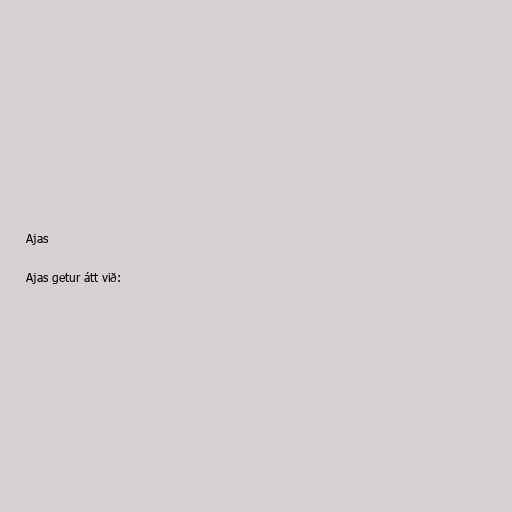
Ajas

Ajas getur átt við: